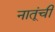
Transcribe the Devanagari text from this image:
नातूंची